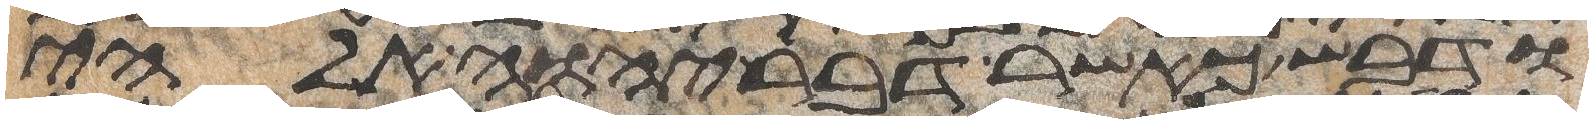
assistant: ודבש כאשר דבר יהוה אלהי